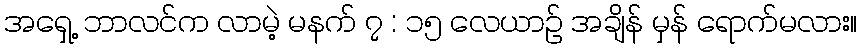
အရှေ့ ဘာလင်က လာမဲ့ မနက် ၇ : ၁၅ လေယာဉ် အချိန် မှန် ရောက်မလား။